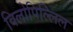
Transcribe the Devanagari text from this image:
विलोपिल्लिल